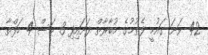
42 ވަނަ ގައުމީ ފެތުމުގެ މުބާރާތް ފަށައިފި 3 މަސް 4 ހަފްތާ